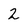
Character: 2